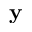
\mathbf { y }